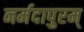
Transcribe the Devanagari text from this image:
नर्मदापुरम्